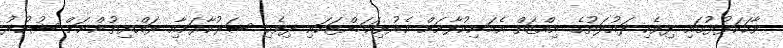
ވާހަކަފުޅުގައި ދިވެހި ދައުލަތުގެ އިއްޒަތް އެމަނިކުފާނަށް އެރުވިކަމަށްޓަކައި ދިވެހި ސަރުކާރަށާއި ރައްޔިތުންނަށް ޝުކުރު